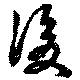
後